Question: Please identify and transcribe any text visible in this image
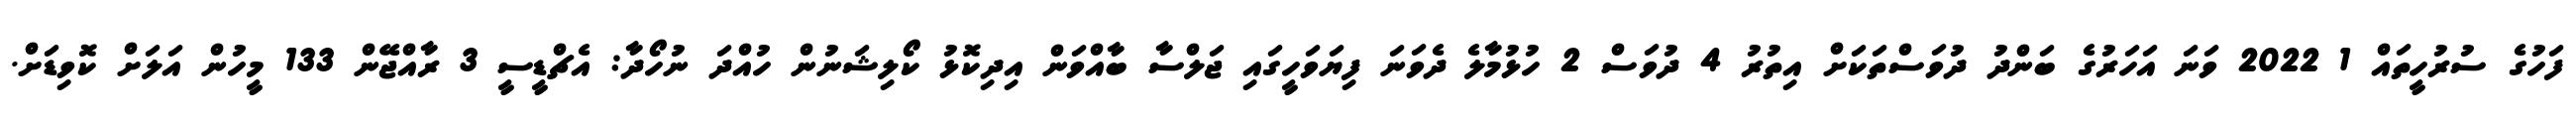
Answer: ފަހުގެ ސުރުހީތައް 1 2022 ވަނަ އަހަރުގެ ބަންދު ދުވަސްތަކަށް އިތުރު 4 ދުވަސް 2 ހުޅުމާލެ ދެވަނަ ފިޔަވަހީގައި ޖަލްސާ ބާއްވަން އިދިކޮޅު ކޯލިޝަނުން ހުއްދަ ނުހޯދާ: އެޗްޑީސީ 3 ރާއްޖޭން 133 މީހުން އަލަށް ކޮވިޑަށް.